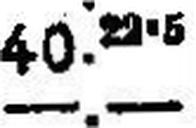
—.—